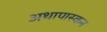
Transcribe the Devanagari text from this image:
अथापास्कन